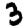
Digit: 3